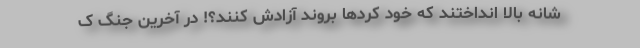
شانه بالا انداختند که خود کردها بروند آزادش کنند؟! در آخرین جنگ ک